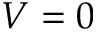
V = 0